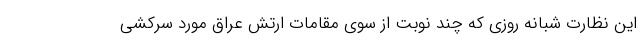
این نظارت شبانه روزی که چند نوبت از سوی مقامات ارتش عراق مورد سرکشی